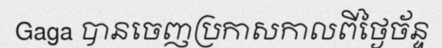
Gaga បានចេញប្រកាសកាលពីថ្ងៃច័ន្ទ